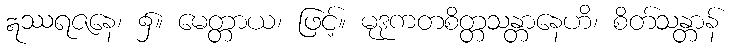
ဣဿရဇနေ၊ ၌။ မေတ္တာယ၊ ဖြင့်။ မုဒုကတစိတ္တသန္တာနေဟိ၊ စိတ်သန္တာန်